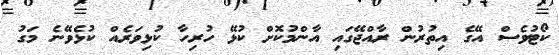
ކޯޓުވެސް އޭގެ އިތުރުން ރާއްޖޭގައި އާންމުކޮށް ކުޅޭ ހުރިހާ ކުޅިވަރެއް ކުޅެވޭނެ މަގު